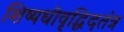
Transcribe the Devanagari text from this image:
शिष्यधीवृद्धिदतंत्र